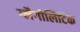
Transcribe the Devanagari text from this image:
ग्लैगोलिटिक